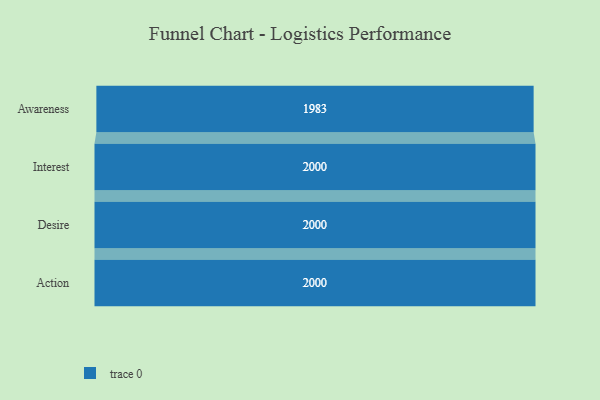
{"axis": {"x": "Stage", "y": "Value"}, "legend": [""], "data": [{"x": "Awareness", "y": 1983.0, "type": ""}, {"x": "Interest", "y": 2000, "type": ""}, {"x": "Desire", "y": 2000, "type": ""}, {"x": "Action", "y": 2000, "type": ""}]}